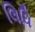
લિધિ